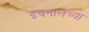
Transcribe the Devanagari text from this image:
इंचनालच्या